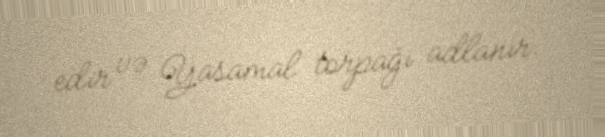
edir və Yasamal torpağı adlanır.